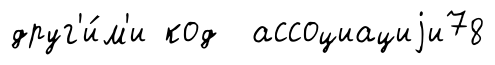
друг'и́м'и код ассоциациjи78